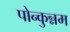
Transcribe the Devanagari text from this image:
पोन्कुन्नम